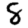
Digit: 8